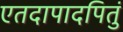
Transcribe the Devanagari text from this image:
एतदापादपितुं